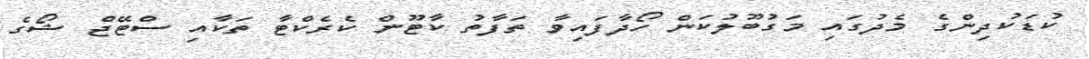
ކުޑަކުދިންގެ މެދުގައި މަގުބޫލުކަން ހޯދާފައިވާ ތަފާތު ކާޓޫން ކެރެކްޓާ ތަކާއި ސްޓޭޖް ޝޯގެ